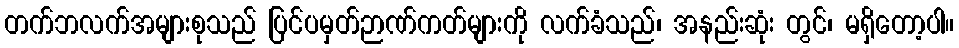
တက်ဘလက်အများစုသည် ပြင်ပမှတ်ဉာဏ်ကတ်များကို လက်ခံသည်၊ အနည်းဆုံး တွင်၊ မရှိတော့ပါ။